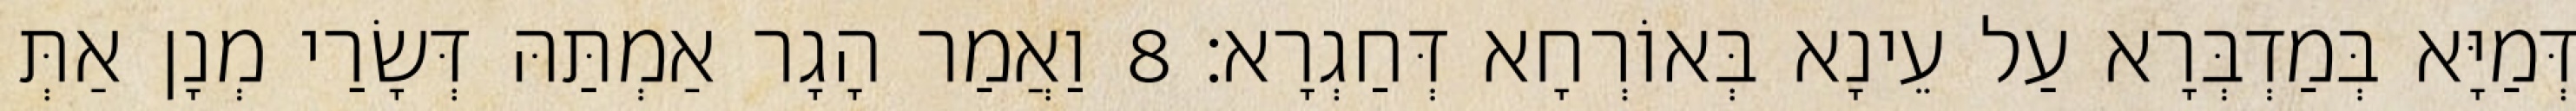
דְּמַיָּא בְּמַדְבְּרָא עַל עֵינָא בְּאוֹרְחָא דְּחַגְרָא׃ 8 וַאֲמַר הָגָר אַמְתַּהּ דְּשָׂרַי מְנָן אַתְּ